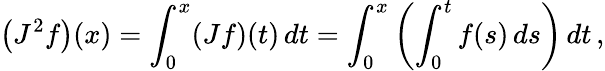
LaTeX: \left(J^{2}f\right)(x)=\int_{0}^{x}(Jf)(t)\, dt=\int_{0}^{x}\left(\int_{0}^{t}f(s)\, ds\right)\, dt\, ,